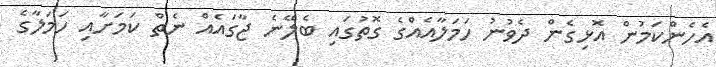
އެހެންކަމުން އޮޅިގެން ދެވުނު ހަމަލާއެއްގެ ގޮތުގައި ބެލޭނެ ޖާގައެއް ނެތް ކަމަށާއި ހަމަލާގެ